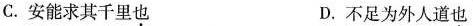
C.安能求其千里也 D.不足为外人道也